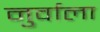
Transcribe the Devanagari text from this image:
नुर्वाला